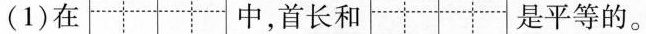
(1)在 中，首长和 是平等的。